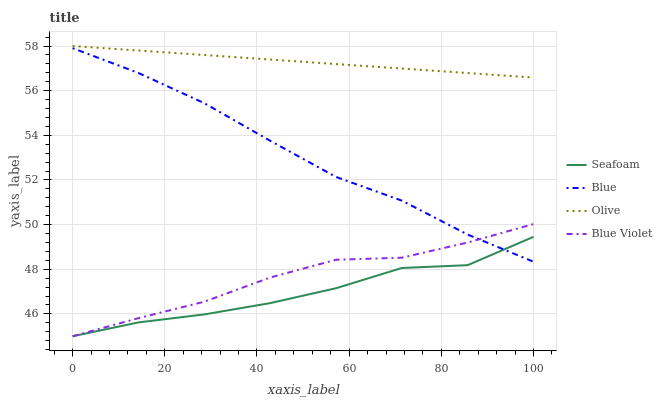
| xaxis_label | Seafoam | Blue | Olive | Blue Violet |
 | --- | --- | --- | --- | --- |
 | 0 | 45 | 57.9 | 58 | 45 |
 | 14.3 | 45.6 | 56.8 | 57.8 | 45.8 |
 | 28.6 | 46 | 55.4 | 57.6 | 46.5 |
 | 42.9 | 46.5 | 53.8 | 57.4 | 47.6 |
 | 57.1 | 47.2 | 52.1 | 57.2 | 48.4 |
 | 71.4 | 48.1 | 51.1 | 57 | 48.5 |
 | 85.7 | 48.2 | 49.6 | 56.8 | 49.2 |
 | 100 | 49.5 | 48.3 | 56.6 | 50 |